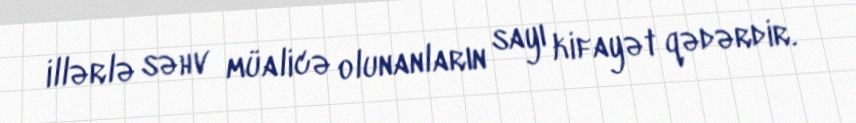
illərlə səhv müalicə olunanların sayı kifayət qədərdir.